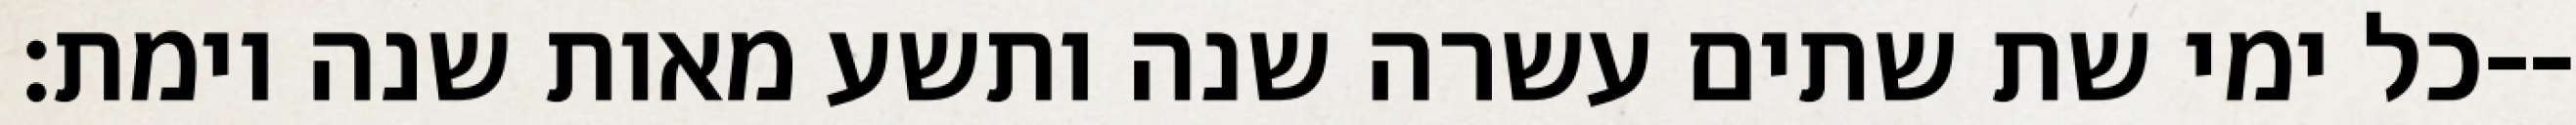
כל ימי שת שתים עשרה שנה ותשע מאות שנה וימת׃--